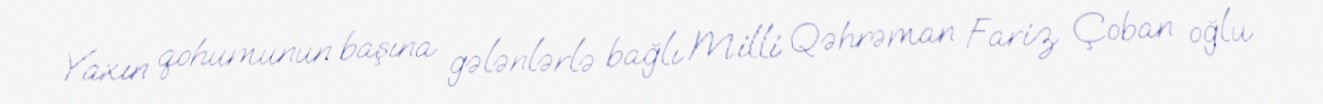
Yaxın qohumunun başına gələnlərlə bağlı Milli Qəhrəman Fariz Çoban oğlu